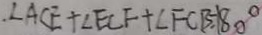
. \angle A C E + \angle E C F + \angle F C B = 1 8 0 ^ { \circ }